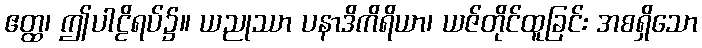
ဧတ္ထ၊ ဤပါဠိရပ်၌။ ယညုဿာ ပနာဒိကိရိယာ၊ ယဇ်တိုင်ထူခြင်း အစရှိသော